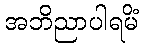
အဘိညာပါရမိံ